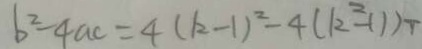
b ^ { 2 } - 4 a c = 4 ( k - 1 ) ^ { 2 } - 4 ( k ^ { 2 } - 1 ) T